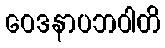
ဝေဒနာပဘဝါတိ